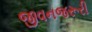
જીવનજરૂરી